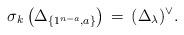
LaTeX: \begin{align*}\sigma_k\left(\Delta_{\{1^{n-a}, a\}}\right) \, = \, (\Delta_\lambda)^\vee.\end{align*}